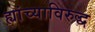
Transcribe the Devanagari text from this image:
ह्यांच्याविरुद्ध